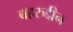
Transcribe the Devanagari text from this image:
बहरुद्दीन